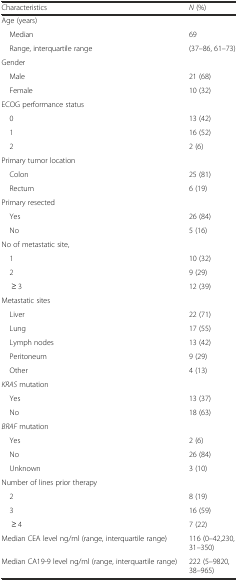
<table><thead><tr><td><b>Characteristics</b></td><td><b><i>N</i> (%)</b></td></tr></thead><tbody><tr><td colspan="2">Age (years)</td></tr><tr><td> Median</td><td>69</td></tr><tr><td> Range, interquartile range</td><td>(37–86, 61–73)</td></tr><tr><td colspan="2">Gender</td></tr><tr><td> Male</td><td>21 (68)</td></tr><tr><td> Female</td><td>10 (32)</td></tr><tr><td colspan="2">ECOG performance status</td></tr><tr><td> 0</td><td>13 (42)</td></tr><tr><td> 1</td><td>16 (52)</td></tr><tr><td> 2</td><td>2 (6)</td></tr><tr><td colspan="2">Primary tumor location</td></tr><tr><td> Colon</td><td>25 (81)</td></tr><tr><td> Rectum</td><td>6 (19)</td></tr><tr><td colspan="2">Primary resected</td></tr><tr><td> Yes</td><td>26 (84)</td></tr><tr><td> No</td><td>5 (16)</td></tr><tr><td colspan="2">No of metastatic site,</td></tr><tr><td> 1</td><td>10 (32)</td></tr><tr><td> 2</td><td>9 (29)</td></tr><tr><td>≥ 3</td><td>12 (39)</td></tr><tr><td colspan="2">Metastatic sites</td></tr><tr><td> Liver</td><td>22 (71)</td></tr><tr><td> Lung</td><td>17 (55)</td></tr><tr><td> Lymph nodes</td><td>13 (42)</td></tr><tr><td> Peritoneum</td><td>9 (29)</td></tr><tr><td> Other</td><td>4 (13)</td></tr><tr><td colspan="2"><i>KRAS</i> mutation</td></tr><tr><td> Yes</td><td>13 (37)</td></tr><tr><td> No</td><td>18 (63)</td></tr><tr><td colspan="2"><i>BRAF</i> mutation</td></tr><tr><td> Yes</td><td>2 (6)</td></tr><tr><td> No</td><td>26 (84)</td></tr><tr><td> Unknown</td><td>3 (10)</td></tr><tr><td colspan="2">Number of lines prior therapy</td></tr><tr><td> 2</td><td>8 (19)</td></tr><tr><td> 3</td><td>16 (59)</td></tr><tr><td>≥ 4</td><td>7 (22)</td></tr><tr><td>Median CEA level ng/ml (range, interquartile range)</td><td>116 (0–42,230, 31–350)</td></tr><tr><td>Median CA19-9 level ng/ml (range, interquartile range)</td><td>222 (5–9820, 38–965)</td></tr></tbody></table>